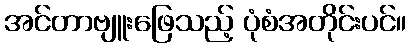
အင်တာဗျူးဖြေသည့် ပုံစံအတိုင်းပင်။